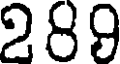
289